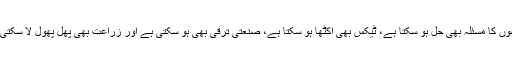
قرضوں کا مسئلہ بھی حل ہو سکتا ہے، ٹیکس بھی اکٹھا ہو سکتا ہے، صنعتی ترقی بھی ہو سکتی ہے اور زراعت بھی پھل پھول لا سکتی ہے۔